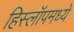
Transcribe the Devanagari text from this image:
हिस्लॉपमध्ये